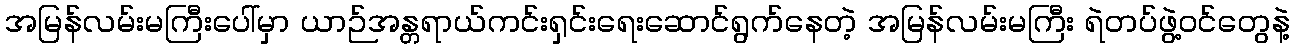
အမြန်လမ်းမကြီးပေါ်မှာ ယာဉ်အန္တရာယ်ကင်းရှင်းရေးဆောင်ရွက်နေတဲ့ အမြန်လမ်းမကြီး ရဲတပ်ဖွဲ့ဝင်တွေနဲ့